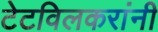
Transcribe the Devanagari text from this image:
टेटविलकरांनी